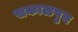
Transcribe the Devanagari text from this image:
सकाळपुन